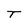
Character: T